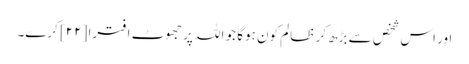
اور اس شخص سے بڑھ کر ظالم کون ہوگا جو اللہ پر جھوٹ افترا [٢٢] کرے۔